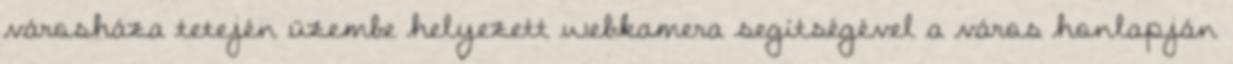
városháza tetején üzembe helyezett webkamera segítségével a város honlapján